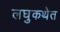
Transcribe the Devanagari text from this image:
लघुकथेत